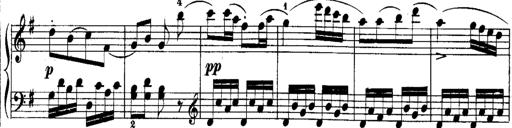
Title: Rondos and Sonatinas for Pianoforte
Composer: Daniel Steibelt